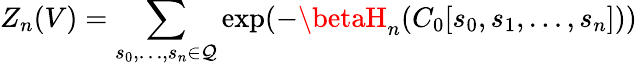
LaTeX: Z_{n}(V)=\sum_{s_{0},\ldots,s_{n}\in\mathcal{Q}}\exp(-\betaH_{n}(C_{0}[s_{0},s_{1},\ldots,s_{n}]))